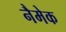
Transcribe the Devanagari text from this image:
नैमेक